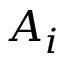
A _ { i }